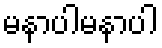
မနာပါမနာပါ